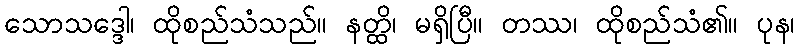
သောသဒ္ဒေါ၊ ထိုစည်သံသည်။ နတ္ထိ၊ မရှိပြီ။ တဿ၊ ထိုစည်သံ၏။ ပုန၊